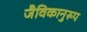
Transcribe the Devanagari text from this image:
जैविकानुरूप